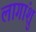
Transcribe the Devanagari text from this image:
लागांशु